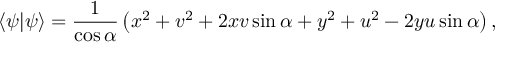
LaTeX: \langle \psi | \psi \rangle = { \frac { 1 } { \cos \alpha } } \left( x ^ { 2 } + v ^ { 2 } + 2 x v \sin \alpha + y ^ { 2 } + u ^ { 2 } - 2 y u \sin \alpha \right) ,